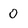
Character: 0